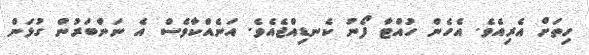
ހިތަށް އެރިއެވެ. އެހެން ހުއްޓާ ފޯނު ކެނޑިއްޖެއެވެ. އަނެއްކާވެސް އެ ނަންބަރުން ގުޅަން